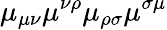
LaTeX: \mu_{\mu\nu}\mu^{\nu\rho}\mu_{\rho\sigma}\mu^{\sigma\mu}